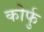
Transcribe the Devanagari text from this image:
कोर्फु